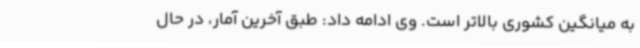
به میانگین کشوری بالاتر است. وی ادامه داد: طبق آخرین آمار، در حال